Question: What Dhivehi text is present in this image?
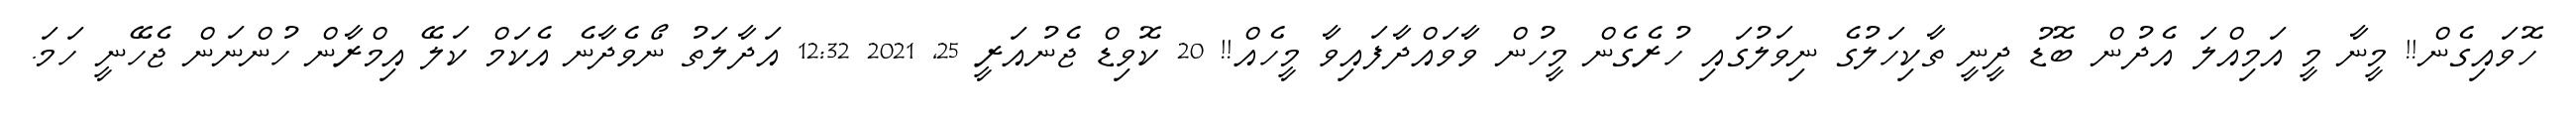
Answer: ހޮވައިގެން!! މީނާ މީ އަމިއްލަ އެދުން ބޮޑު ދީނީ ތާކިހަލުގެ ނިވަލުގައި ހުރެގެން މީހުން ވާވައްދާފައިވާ މީހެއް!! 20 ކޮވިޑް ޖެނުއަރީ 25, 2021 12:32 އަދާލަތު ނޯވެދާނެ އެކަމް ކަލޭ އިމްރާން ހުންނަން ޖެހޭނީ ހަމަ.